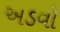
અડવો